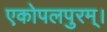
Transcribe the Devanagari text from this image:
एकोपलपुरम्।